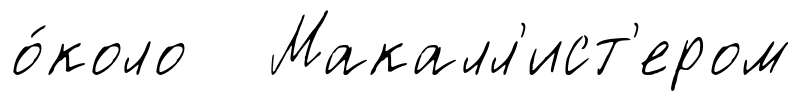
о́коло Макалл'ист'ером